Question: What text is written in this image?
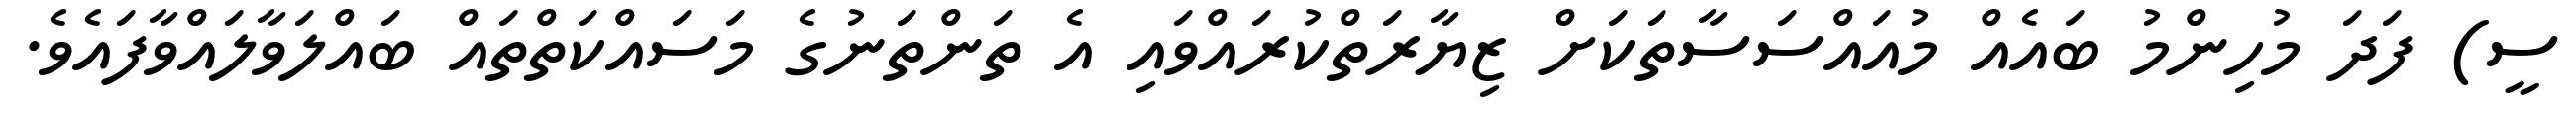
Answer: ސީ) ފަދަ މުހިންމު ބައެއް މުއައްސަސާތަކަށް ޒިޔާރަތްކުރައްވައި އެ ތަންތަނުގެ މަސައްކަތްތައް ބައްލަވާލައްވާފައެވެ.